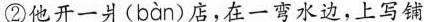
②他开一爿(bàn)店，在一弯水边，上写铺